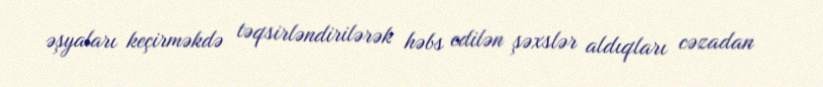
əşyaları keçirməkdə təqsirləndirilərək həbs edilən şəxslər aldıqları cəzadan